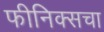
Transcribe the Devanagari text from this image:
फीनिक्सचा